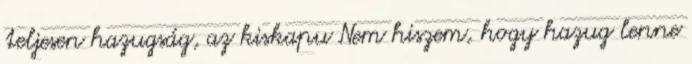
teljesen hazugság, az kiskapu Nem hiszem, hogy hazug lenne